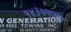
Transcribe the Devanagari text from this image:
१४३७पासून